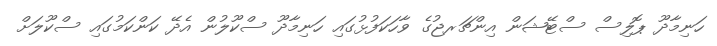
ހަނިމާދޫ ޕޮލިސް ސްޓޭޝަން އިންޗަރޖުގެ ވާހަކަފުޅުގައި ހަނިމާދޫ ސްކޫލުން އެދޭ ކަންކަމުގައި ސްކޫލަށް